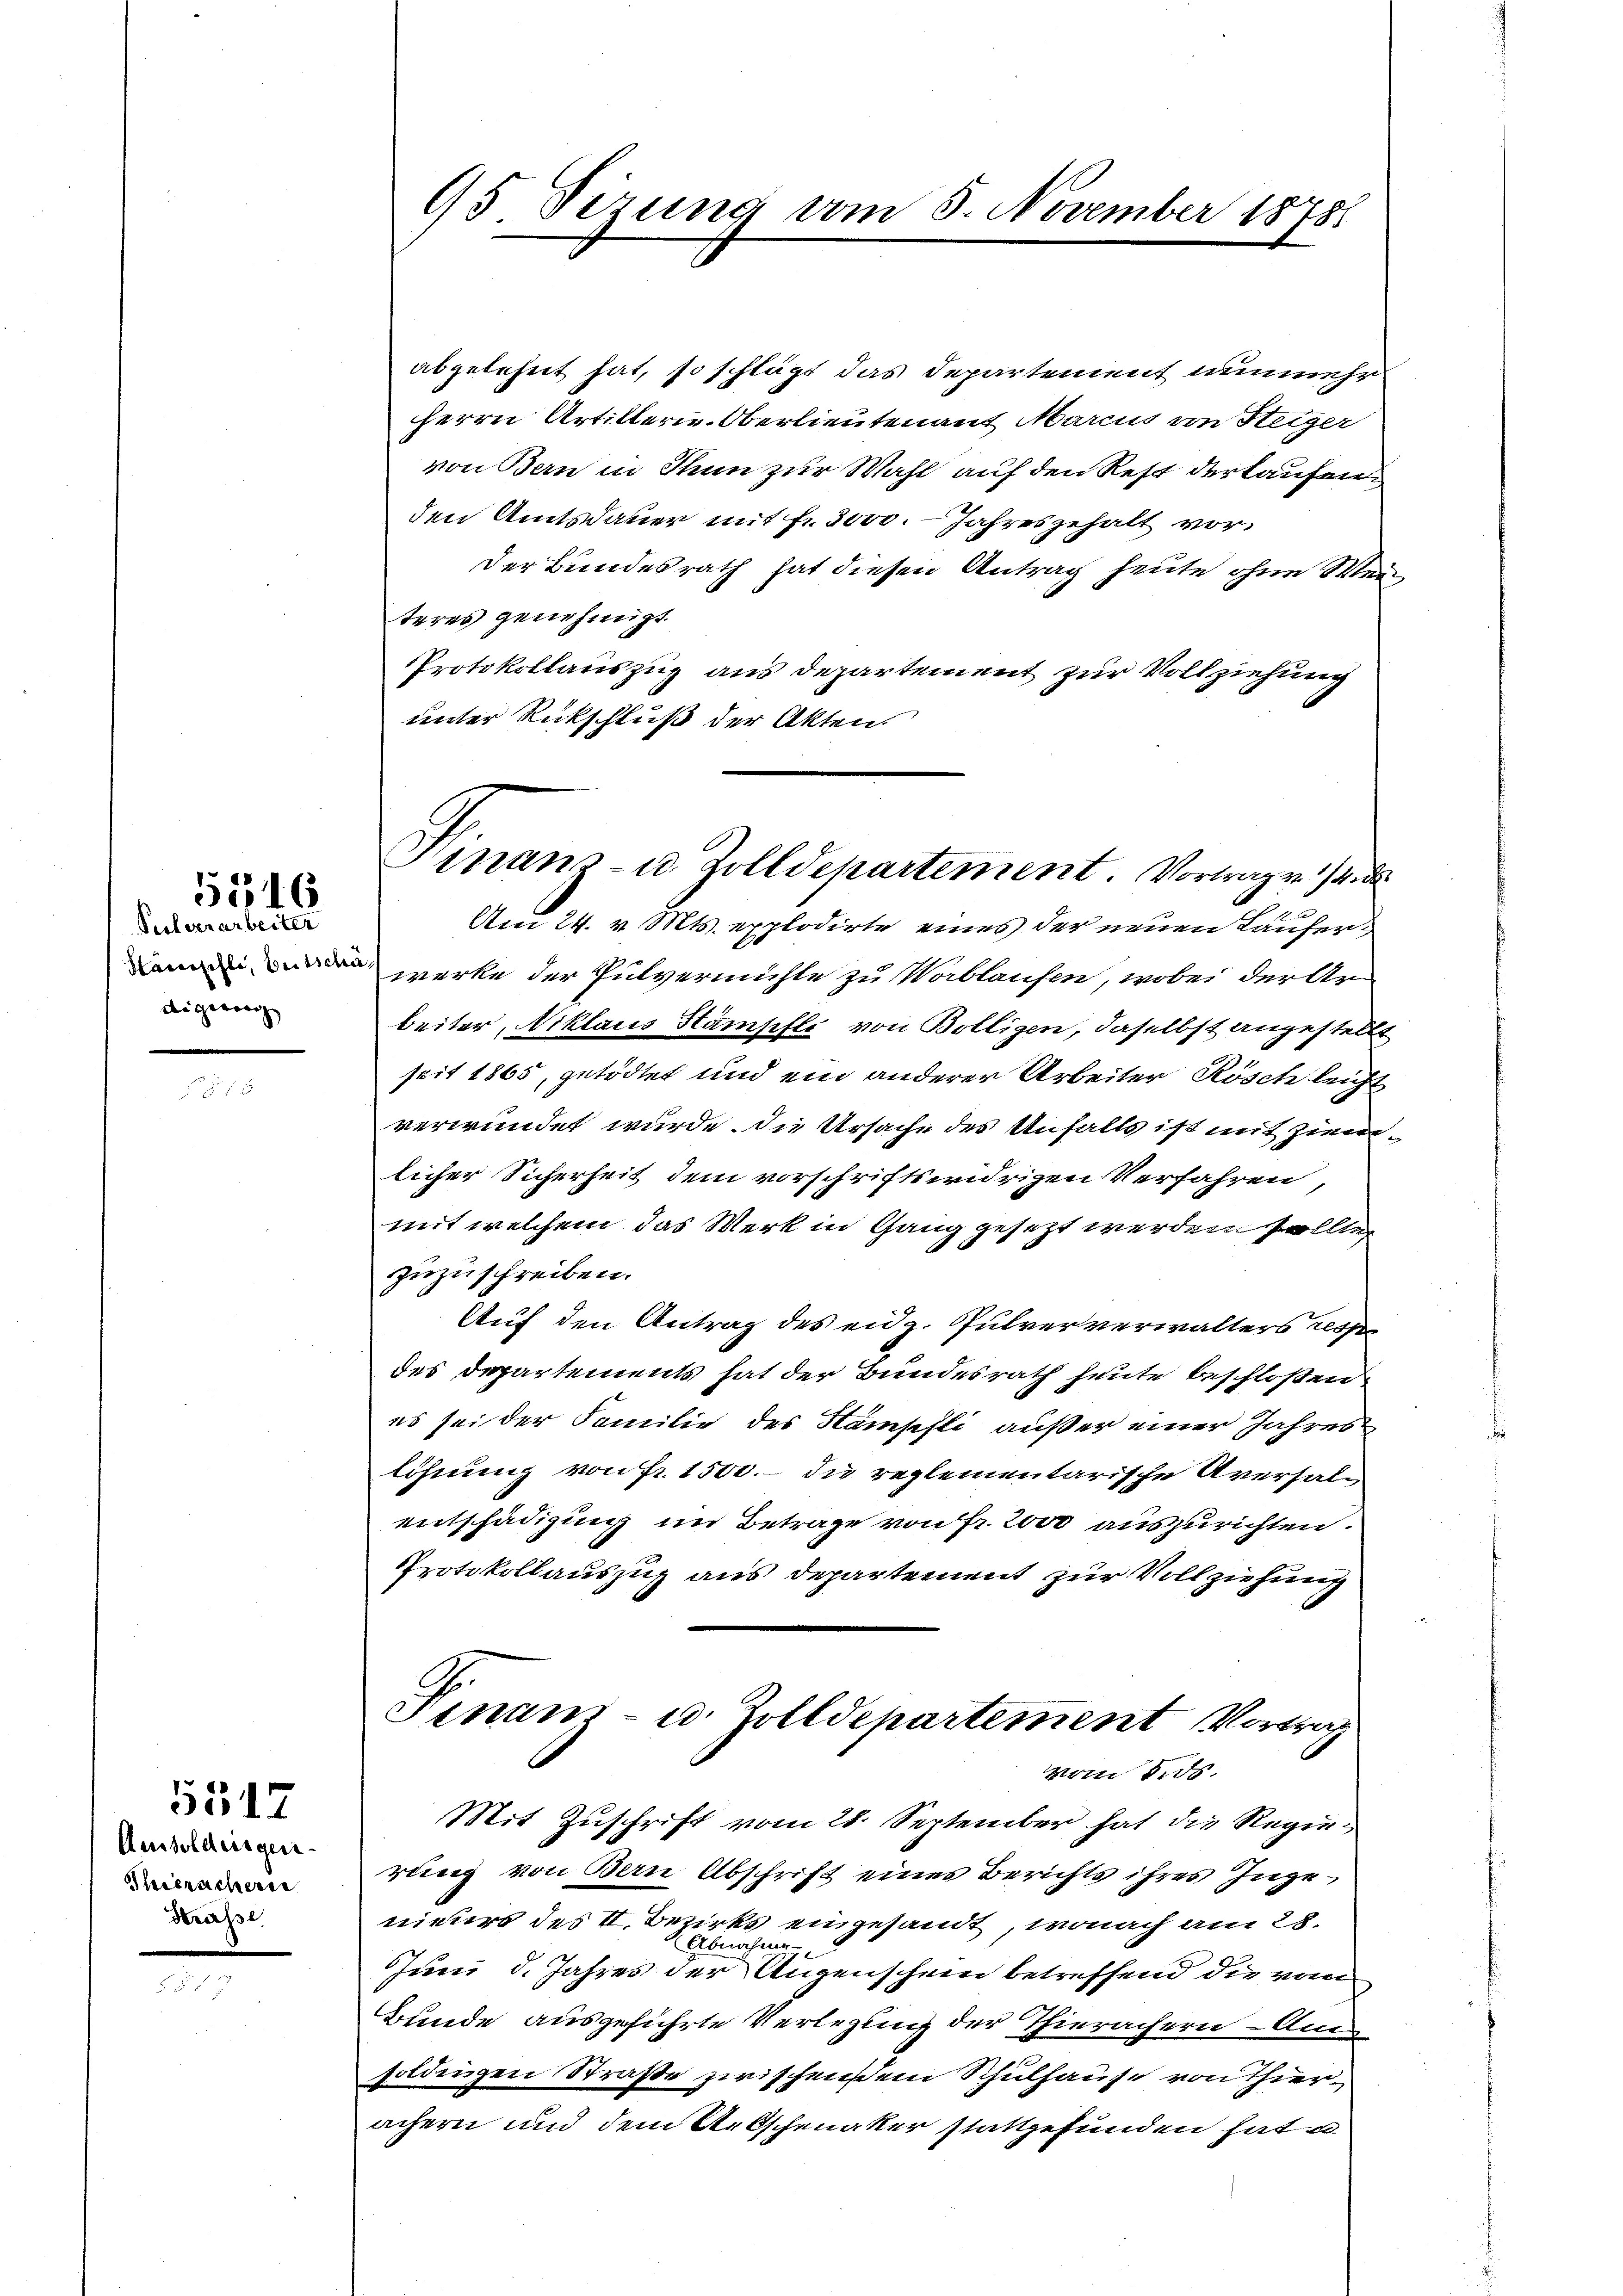
Pulverarbeiter
di zwar

5316

Aussoldensgen
Thierschere
Krasse

5517

95 Sizung vom 5. November 18781

abgelehnt hat, so schlägt das Departement nunmehr
Herrn Artillerie-Oberlieutenant Marcus von Steiger
von Bern in Thun zur Wahl auf den Rest derkaufen
den Amtsdauer mit fr. 3000. Jahresgehalt vor¬
Der Bundesrath hat diesen Antrag heute ohne Weiteres genehmigt.
Protokollauszug aus departement zur Vollziehung
unter Rückschluß der Akten.
Am 24. v. Mts. explodirte eines der neuen Lauferwerke der Pulvermühle zu Woblaufen, wobei der Ar-
beiter, Niklaus Stämpfli von Bolligen, daselbst angestellt
seit 1865, getödtet und ein anderer Arbeiter Rösch leicht
verwundet wurde. Die Ursache des Unfalls ist mit ziemlicher Sicherheit dem vorschriftswidrigen Verfahren,
mit welchem das Werk in Gang gesezt werden sollte
zuzuschreiben.
Auf den Antrag des eidg. Pulververwalters respe
des Departements hat der Bundesrath heute beschloßen
es sei der Familie des Kämpfli außer einer Jahres
löhnung von Fr. 1500. – Du reglementarische Aversalentschädigung im Betrage von Fr. 2000 auszurichten.
Protokollauszug aus Departement zur Vollziehung
Finanz- u. Zolldepartement Vortrag
vom 2. ds.
Mit Zuschrift vom 28. September hat die Regierung von Bern Abschrift eines Berichts ihres Ingenieurs des II. Bezirks eingesandt, wonach am 28.
Abnahme
Juni d. Jahres der Augenschein betreffend die von
Bunde ausgeführte Verlegung der Thierachern - Am
zoldingen Straße zwischens dem Schulhause von Thier
achern und dem Aetschenaker stattgefunden hat u.

Finanz- u. Zolldepartement. Vortrage 1/4 d